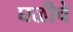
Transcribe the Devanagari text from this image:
घळीचे